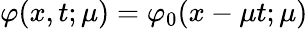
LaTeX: \varphi(x,t;\mu)=\varphi_{0}(x-\mu t;\mu)